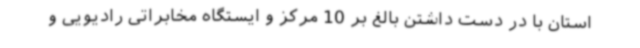
استان با در دست داشتن بالغ بر 10 مرکز و ایستگاه مخابراتی رادیویی و